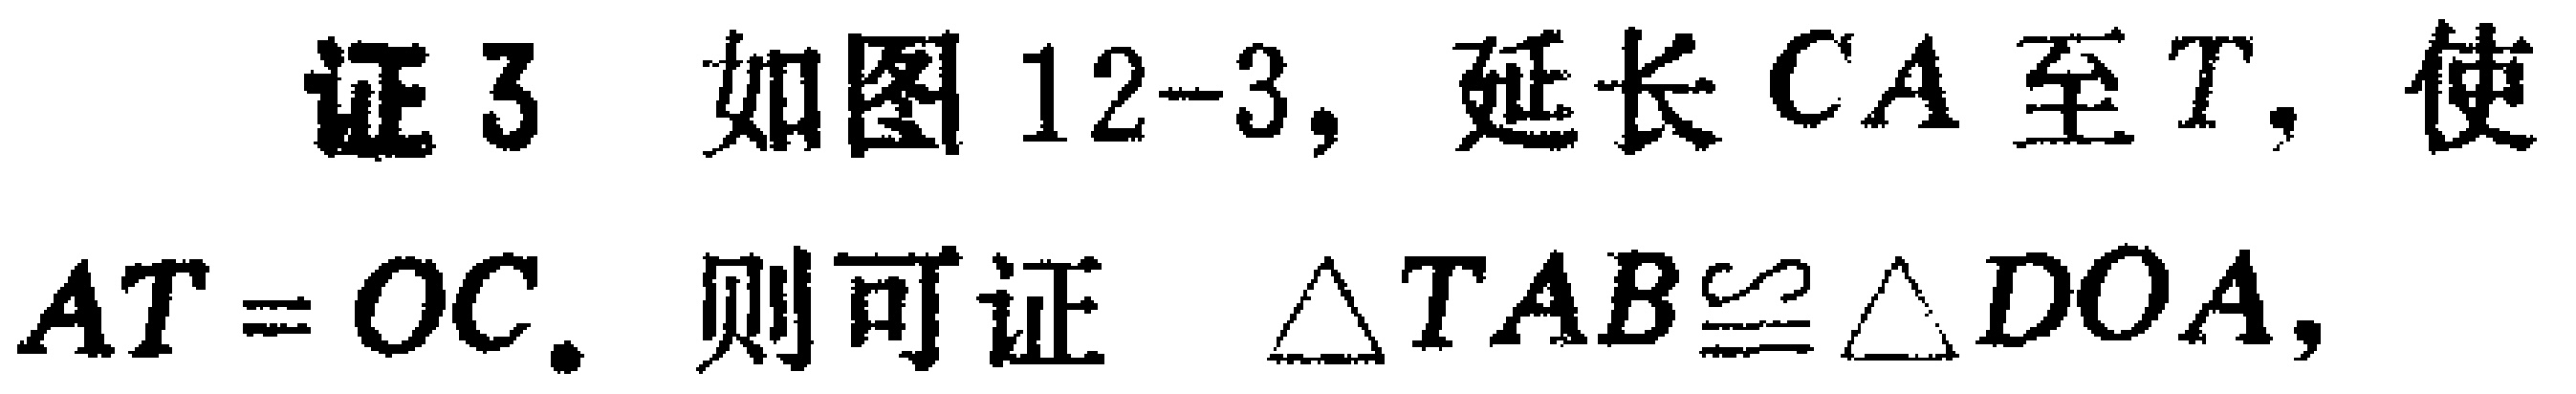
证3 如图12-3，延长 \(CA\) 至 \(T\)，使 \(AT = OC\). 则可证 \(\triangle TAB\cong\triangle DOA\)，